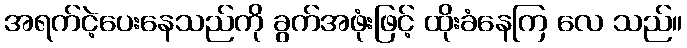
အရက်ငဲ့ပေးနေသည်ကို ခွက်အဖုံးဖြင့် ထိုးခံနေကြ လေ သည်။